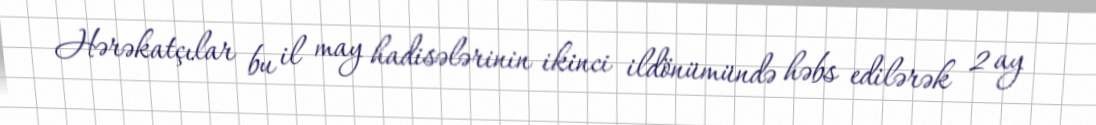
Hərəkatçılar bu il may hadisələrinin ikinci ildönümündə həbs edilərək 2 ay